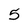
Character: 5